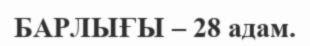
БАРЛЫҒЫ – 28 адам.